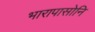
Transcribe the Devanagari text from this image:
भारापासोनि